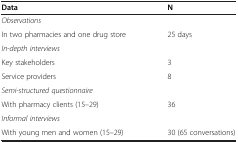
<table><thead><tr><td><b>Data</b></td><td><b>N</b></td></tr></thead><tbody><tr><td><i>Observations</i></td><td></td></tr><tr><td>In two pharmacies and one drug store</td><td>25 days</td></tr><tr><td><i>In</i>-<i>depth interviews</i></td><td></td></tr><tr><td>Key stakeholders</td><td>3</td></tr><tr><td>Service providers</td><td>8</td></tr><tr><td><i>Semi</i>-<i>structured questionnaire</i></td><td></td></tr><tr><td>With pharmacy clients (15–29)</td><td>36</td></tr><tr><td><i>Informal interviews</i></td><td></td></tr><tr><td>With young men and women (15–29)</td><td>30 (65 conversations)</td></tr></tbody></table>